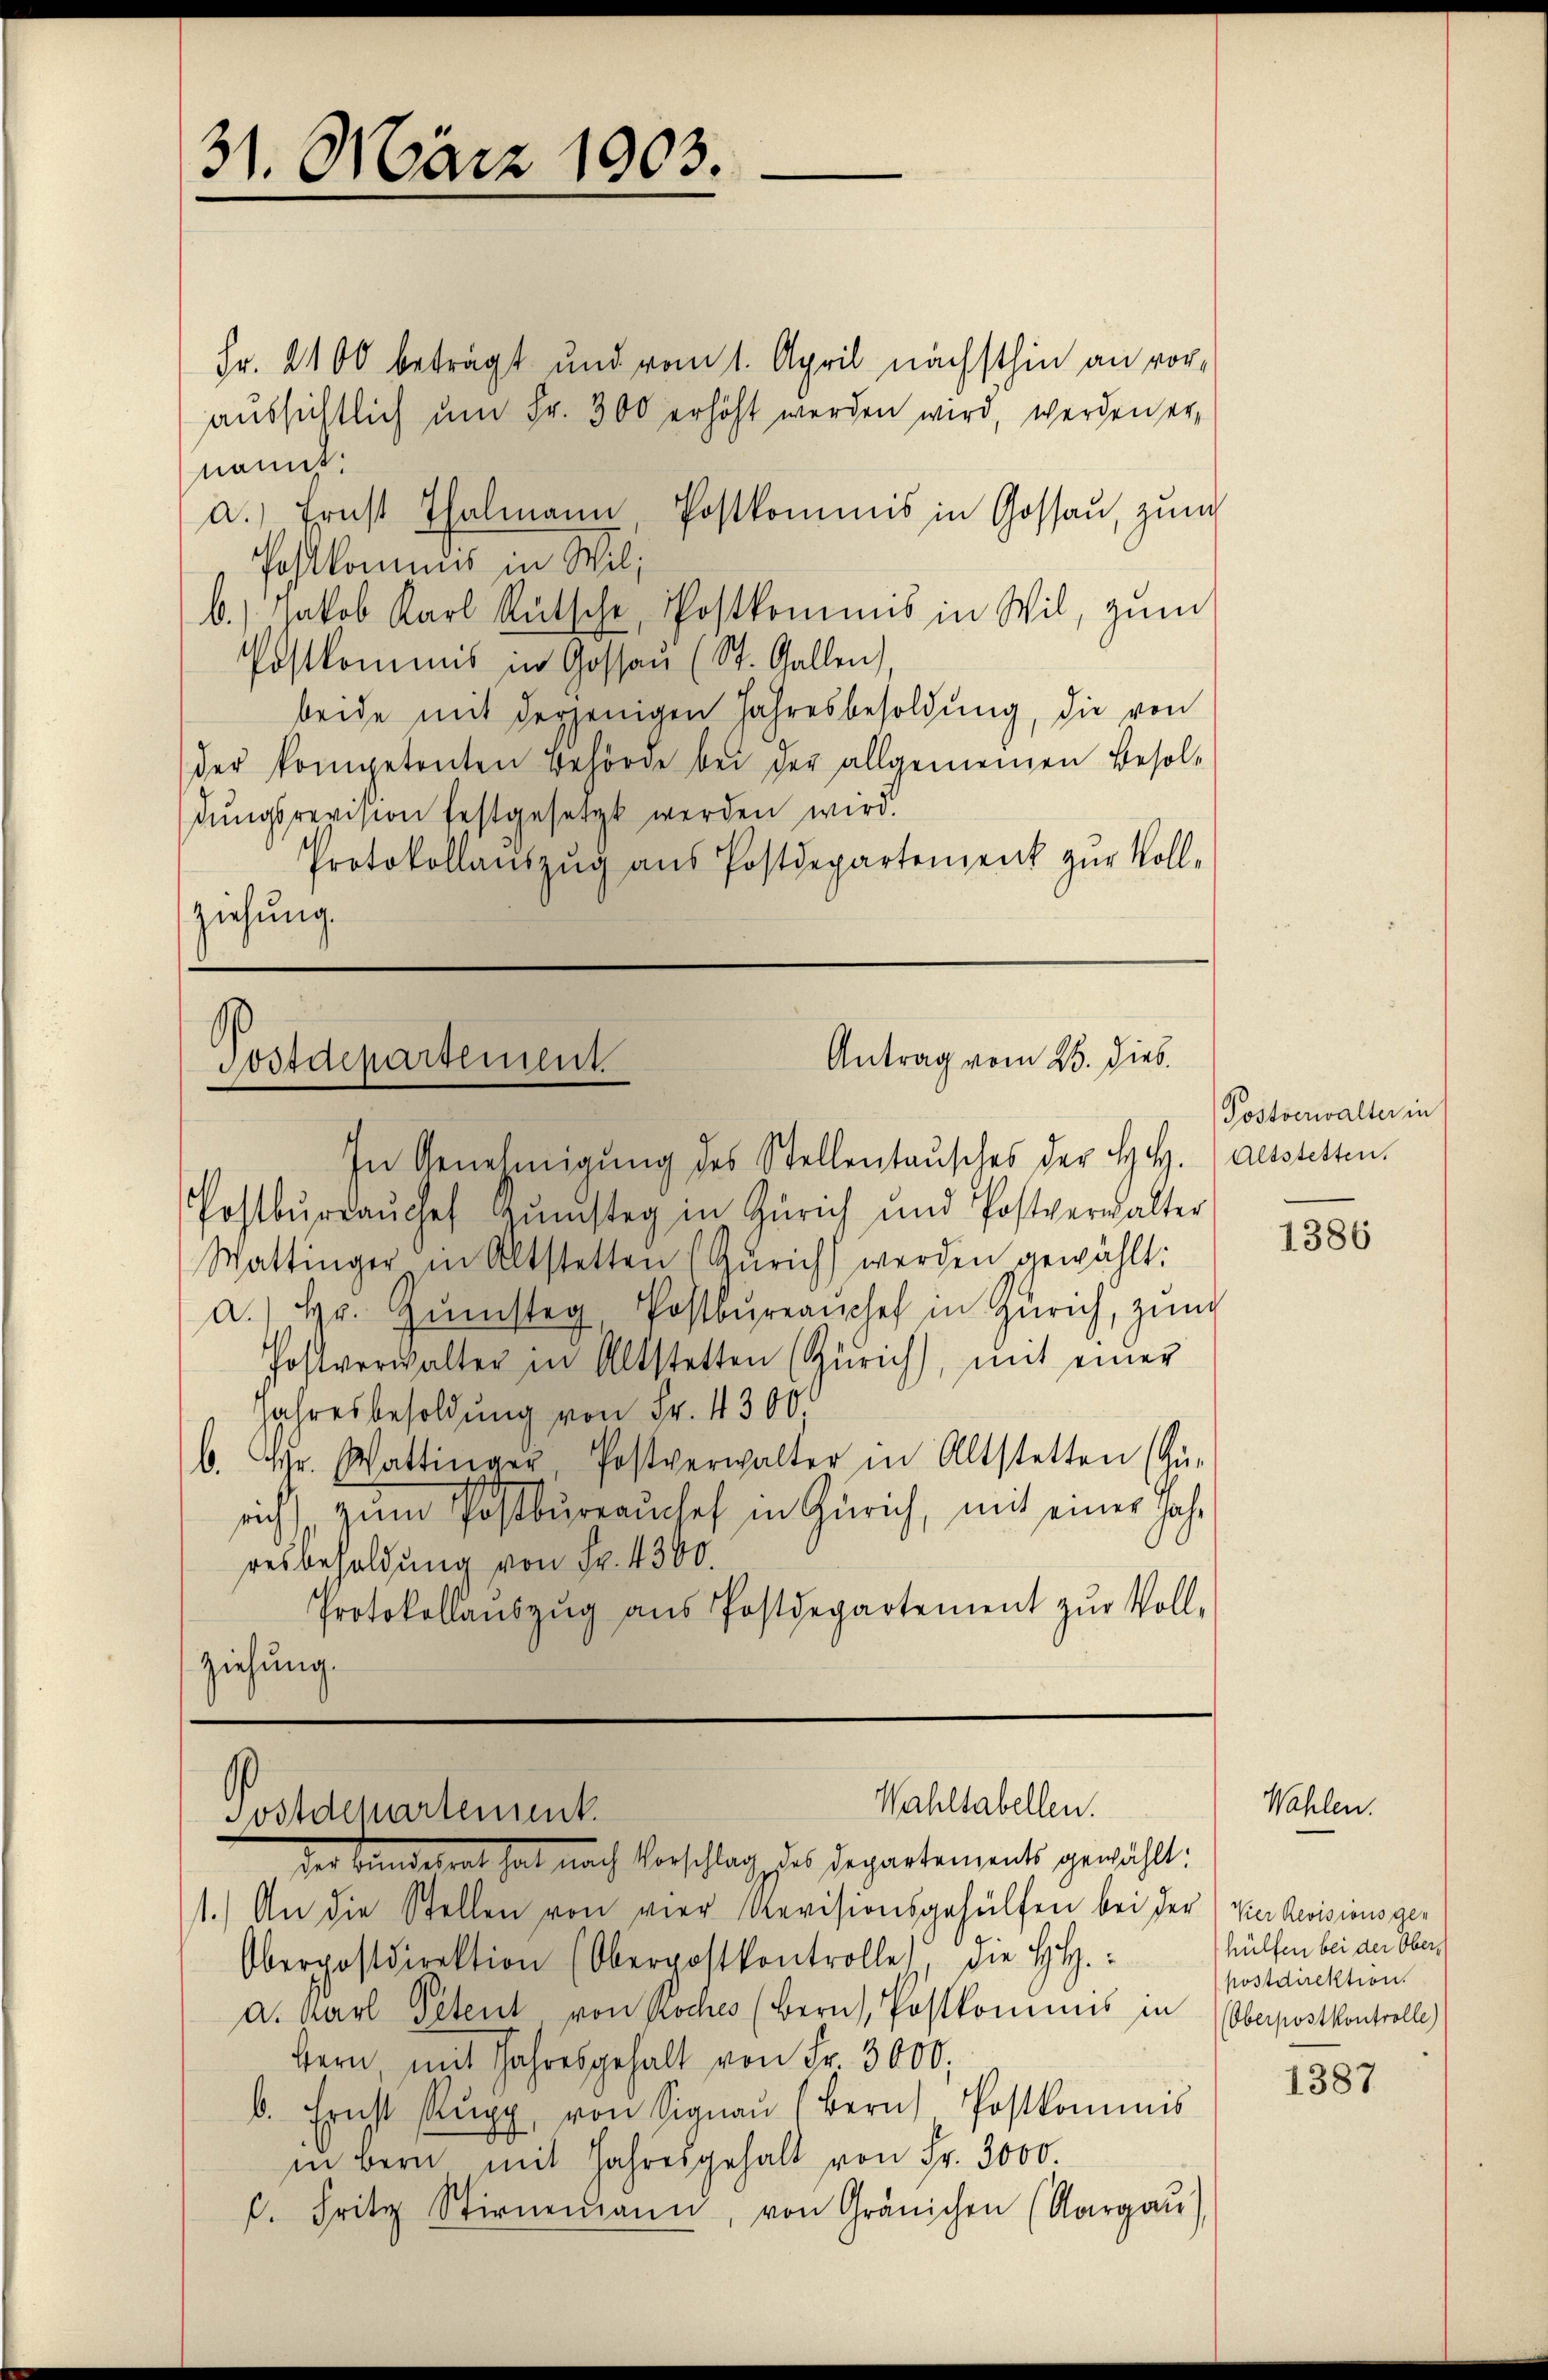
Fr. 2100 beträgt und vom 1. April nächsthin an voraŭssichtlich ŭm Fr. 300 erhöht werden wird, werden er,
nannt.
a.) Ernst Thalmann Postkommis in Gossau, zum
Postkommnus in Wil;
b.) Jakob Karl Rutsche, Postkommis in Wil, zum
Postkommis in Gossaŭ (St. Gallen),
beide mit derjenigen Jahresbesoldŭng, die von
der kompetenten Behörde bei der allgemeinen Besoldŭngsrevision festgesetzt werden wird.
Protokollaŭszŭg aŭs Postdepartement zŭr Voll-
ziehung.

31. März 1903.

In Genehmigung des Stellentausches der H. H. Altstetten.
Postbüraŭche Rŭmstag in Zürich und Postverwalter
Wattinger in Altstetten (Züricht werden gewählt:
a.) Hr. Gŭnsteg, Postbüreaŭchef in Zürich, zun
Postverwalter in Altstetten (Zürich), mit einer
Jahresbesoldung von Fr. 4300.
b. Chr. Wattinger, Postverwalter in Altstetten (Gü-
sich zum Postbüreauchef in Zürich, mit einer Jahr
resbesoldung von Fr. 4300.
Protokollaŭszŭg aŭs Postdepartement zŭr Voll-
ziehung.

.
Antrag vom 23. Dieb.
Postdepartement

Wahltabellen.
Postdepartement
der Bundesrat hat nach Vorschlag des Repartements gewählt:

1.) An die Stellen von vier Revisionsgehülfen bei der Vier Revisionsger
Oberpostdirektion (Oberpostkontrolle die HH.:
a. Karl Petent von Roches (Bern, Postkommnis in (Oberpostkontrolle
Hern, mit Jahresgehalt von Fr. 3000.
b. Ernst Rŭpp von Signaŭ (Bern Postkommis
in Bern mit Jahresgehalt von Fr. 3000.
C. Fritz Stirnemann, von Gränichen (Aargaŭ)

Postverwalter in

1386

Wahlen.

hülfen bei der Oberpostdirektion.

1387